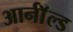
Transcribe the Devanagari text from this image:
आर्नाॅल्ड